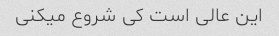
این عالی است کی شروع میکنی